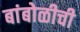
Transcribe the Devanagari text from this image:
बांबोळीची